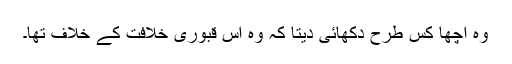
وہ اچھا کس طرح دکھائی دیتا کہ وہ اس قبوری خلافت کے خلاف تھا۔